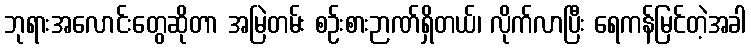
ဘုရားအလောင်းတွေဆိုတာ အမြဲတမ်း စဉ်းစားဉာဏ်ရှိတယ်၊ လိုက်လာပြီး ရေကန်မြင်တဲ့အခါ